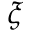
\xi